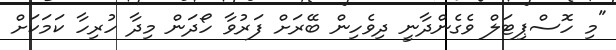
"މި ހޮސްޕިޓަލް ވެގެންދާނީ ދިވެހިން ބޭރަށް ފަރުވާ ހޯދަން މިދާ ހުރިހާ ކަމަކަށް